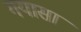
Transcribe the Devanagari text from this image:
गयासा